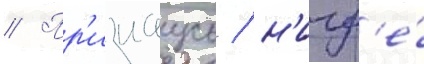
// Пр'изнаусь / н'игд'е́